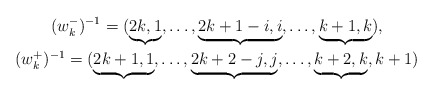
\begin{gather*}(w_{k}^{-})^{-1} = (\underbrace{2k,1},\ldots,\underbrace{2k+1-i,i},\ldots,\underbrace{k+1,k}),\\(w_{k}^{+})^{-1}= (\underbrace{2k+1,1},\ldots,\underbrace{2k+2-j,j},\ldots, \underbrace{k+2,k},k+1)\end{gather*}